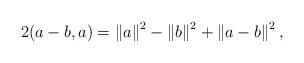
LaTeX: \begin{align*}2( a-b,a) =\left\Vert a\right\Vert ^{2}-\left\Vert b\right\Vert^{2}+\left\Vert a-b\right\Vert ^{2}, \end{align*}